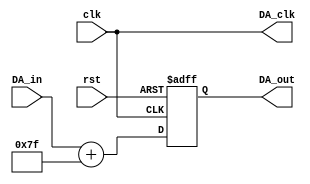
module DA_Output(clk, rst, DA_clk, DA_in, DA_out);
input clk, rst;
output DA_clk;
input signed [7:0] DA_in;
output reg [7:0] DA_out;
assign DA_clk = clk;
initial begin
DA_out <= 0;
end
always @ (posedge clk or negedge rst) begin
if(!rst)
  DA_out <= 0;
else
  DA_out <= DA_in + 8'b01111111;  //
end
endmodule